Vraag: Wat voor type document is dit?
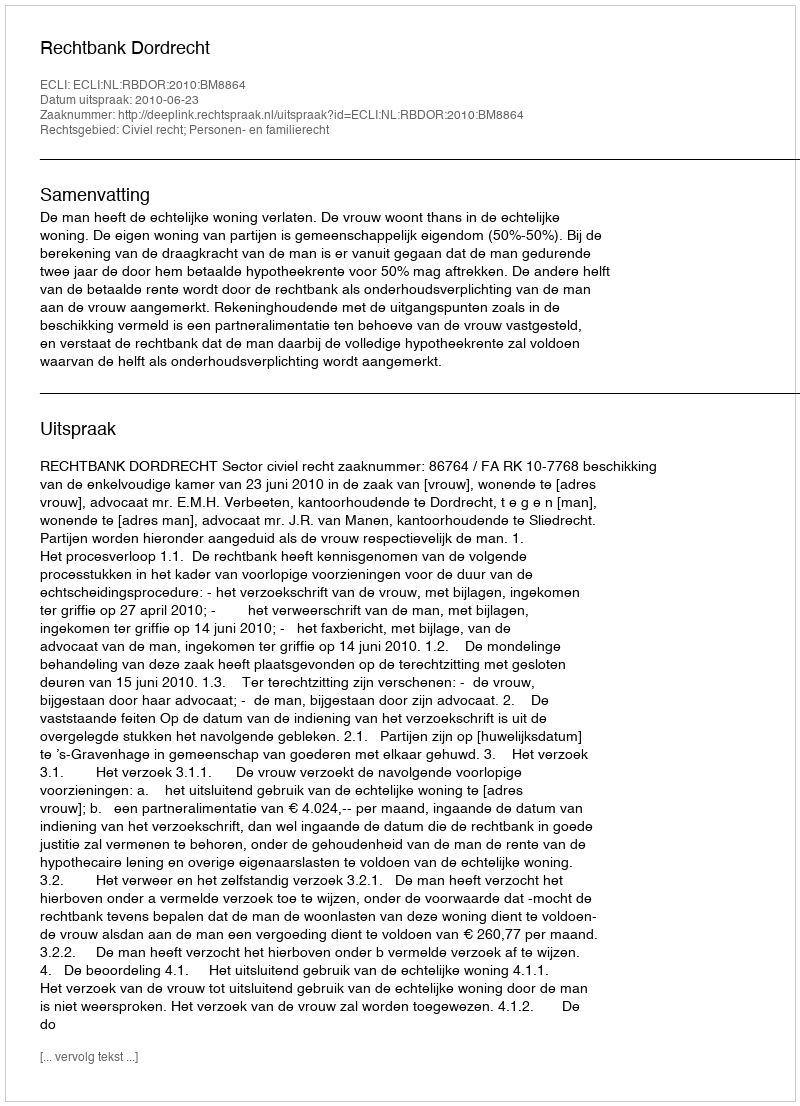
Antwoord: Uitspraak